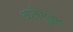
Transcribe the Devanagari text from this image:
कर्जमुक्त